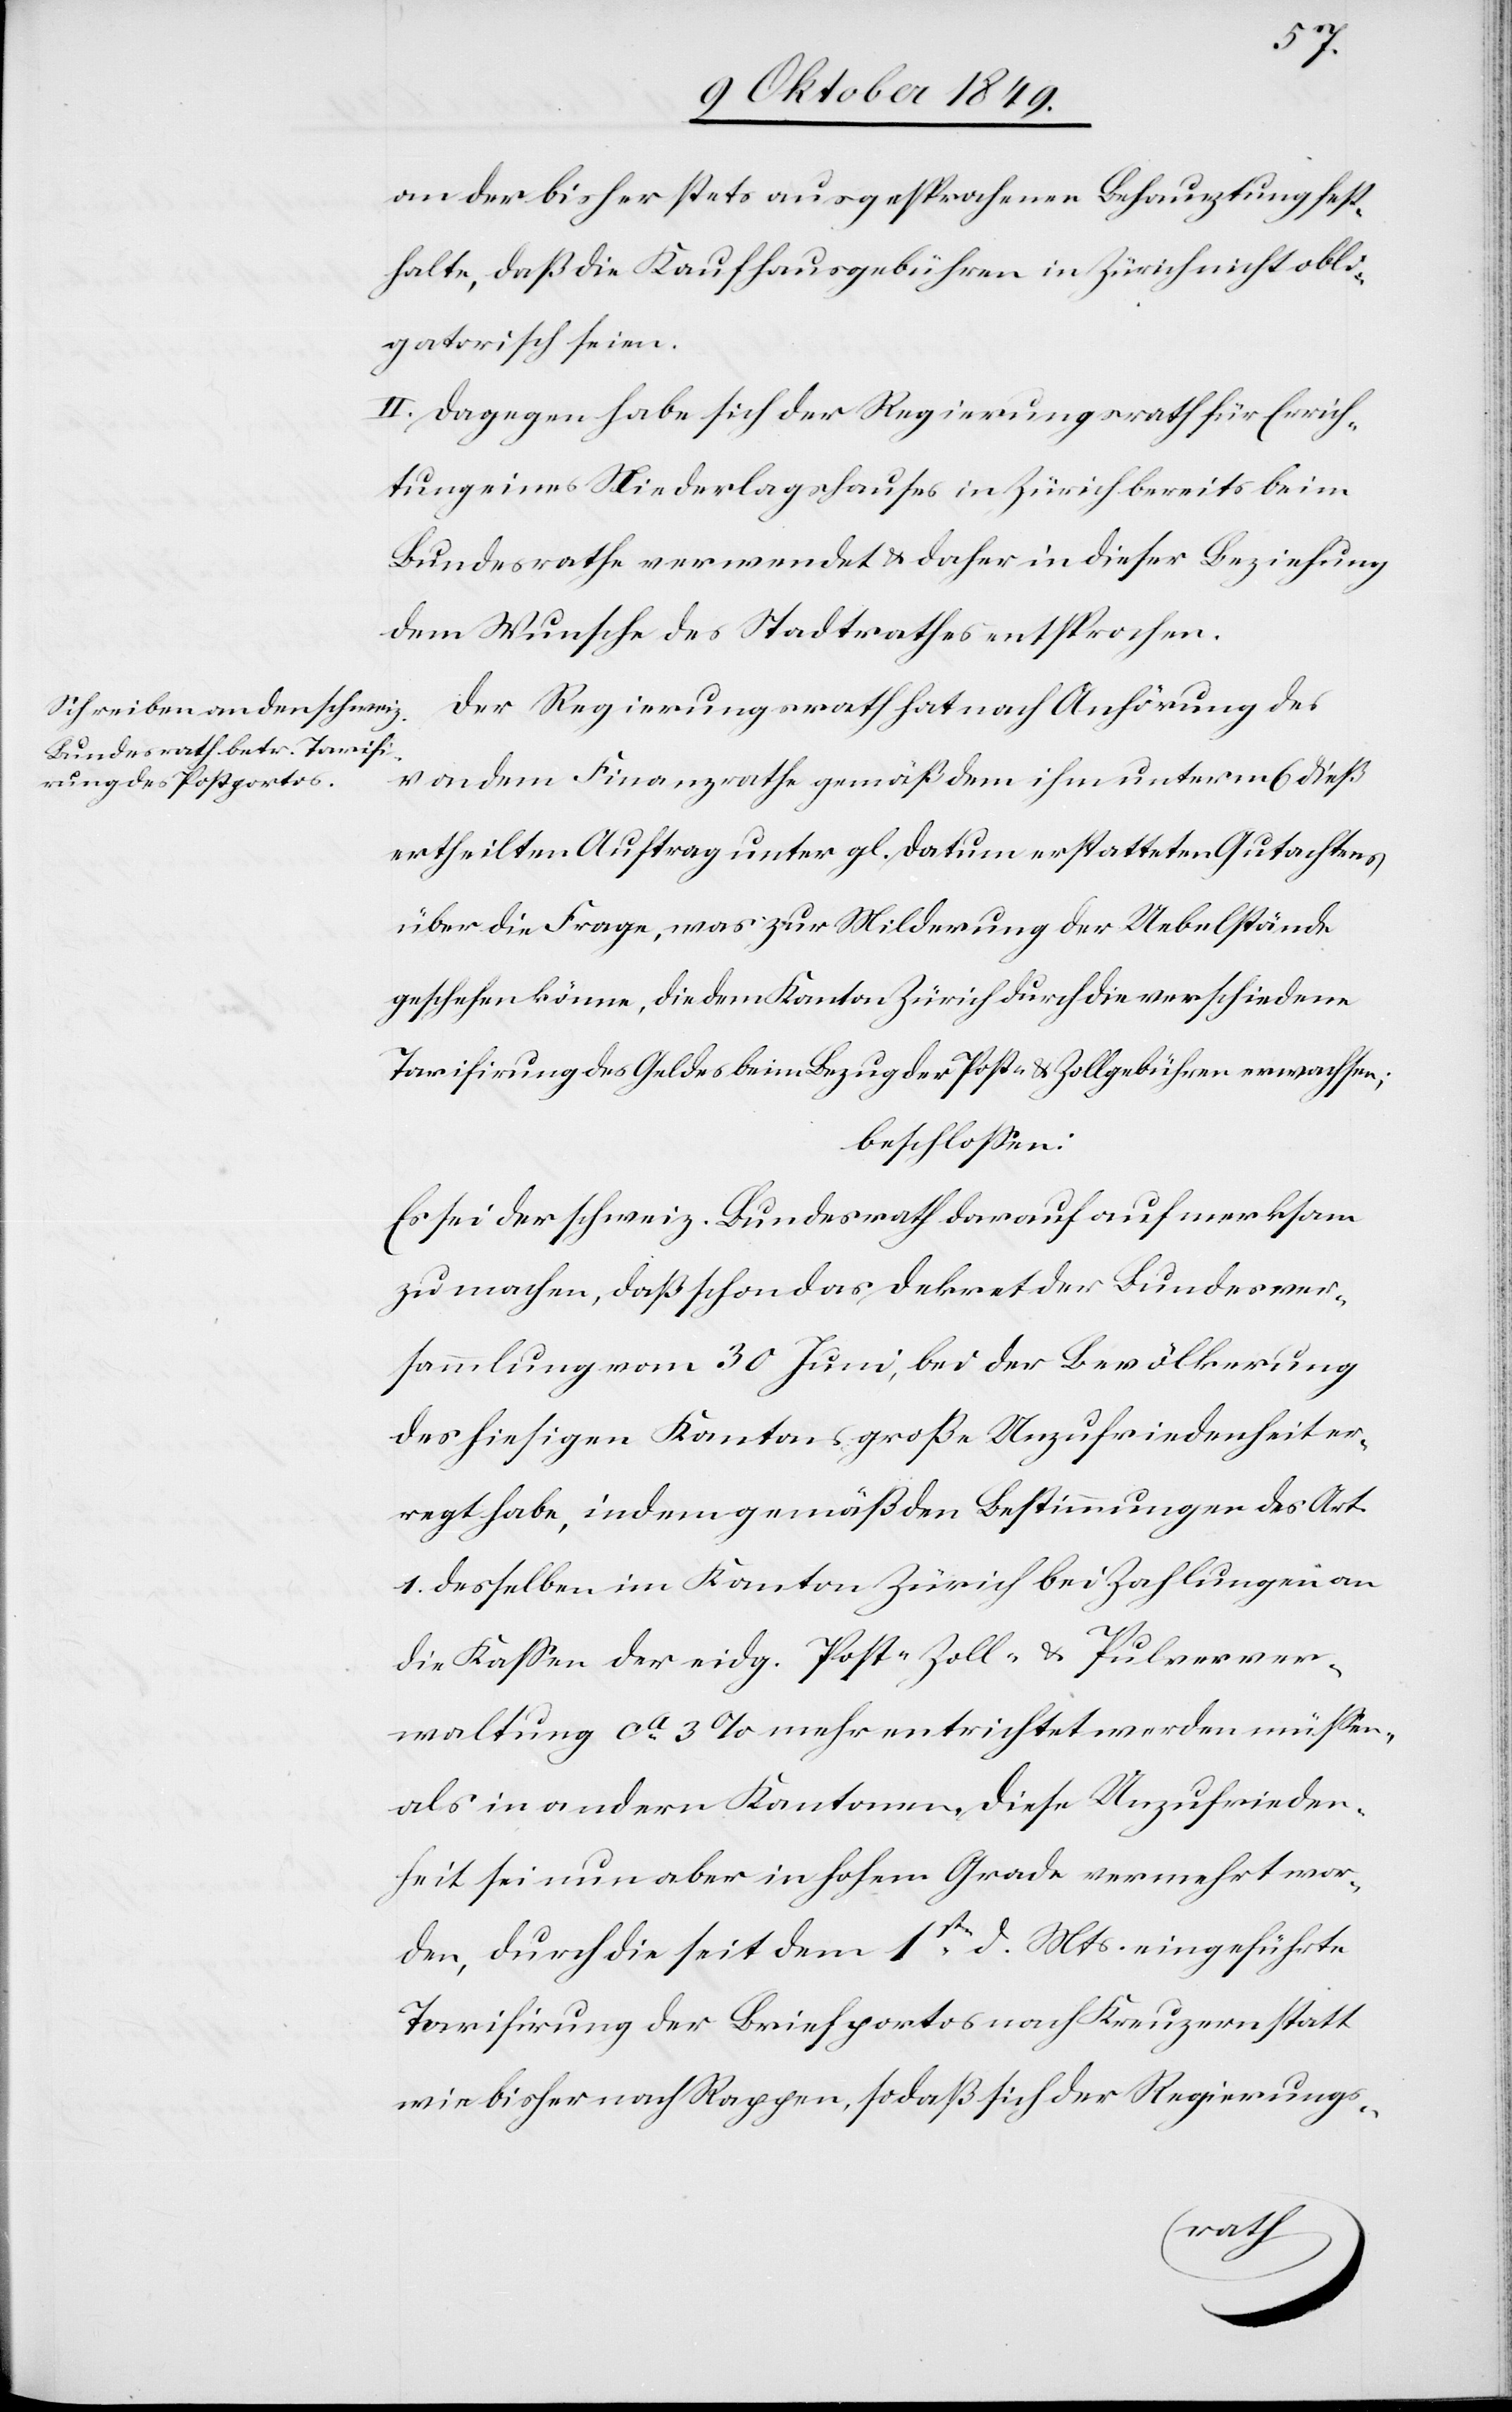
an der bisher stets ausgesprochenen Behauptung fest¬
halte, daß die Kaufhausgebühren in Zürich nicht obli¬
gatorisch seien.
II. Dagegen habe sich der Regierungsrath für Errich¬
tung eines Niederlagshauses in Zürich bereits beim
Bundesrathe verwendet u. daher in dieser Beziehung
dem Wunsche des Stadtrathes entsprochen.
Der Regierungsrath hat nach Anhörung des
von dem Finanzrathe gemäß dem ihm unterm 6 dieß
ertheilten Auftrag unter gl. Datum erstatteten Gutachtens
über die Frage, was zur Milderung der Uebelstände
geschehen könne, die dem Kanton Zürich durch die verschiedene
Tarifirung des Geldes beim Bezug der Porto u. Zollgebühren erwachsen;
beschloßen:
Es sei der schweiz. Bundesrath darauf aufmerksam
zu machen, daß schon das Dekret der Bundesver¬
sammlung vom 30 Juni, bei der Bevölkerung
des hiesigen Kantons große Unzufriedenheit er¬
regt habe, indem gemäß den Bestimmungen des Art.
1 desselben im Kanton Zürich bei Zahlungen an
die Kaßen der eidg. Post- Zoll- u. Pulverver¬
waltung ca 3% mehr entrichtet werden müßen,
als in andern Kantonen. Diese Unzufrieden¬
heit sei nun aber in hohem Grade vermehrt wor¬
den, durch die seit dem 1sten d. Mts. eingeführte
Tarifirung der Briefportos nach Kreuzern statt
wie bisher nach Rappen, so daß sich der Regierungs-